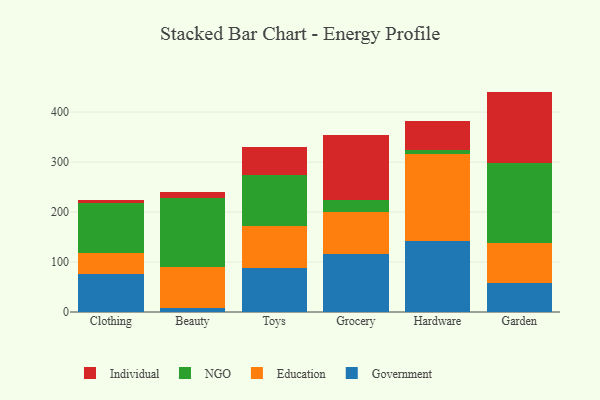
{"axis": {"x": "Category", "y": "Tickets Resolved"}, "legend": ["Education", "Government", "Individual", "NGO"], "data": [{"x": "Clothing", "y": 75.8, "type": "Government"}, {"x": "Clothing", "y": 42.5, "type": "Education"}, {"x": "Clothing", "y": 98.9, "type": "NGO"}, {"x": "Clothing", "y": 7.0, "type": "Individual"}, {"x": "Beauty", "y": 8.7, "type": "Government"}, {"x": "Beauty", "y": 81.8, "type": "Education"}, {"x": "Beauty", "y": 138.3, "type": "NGO"}, {"x": "Beauty", "y": 10.9, "type": "Individual"}, {"x": "Toys", "y": 87.6, "type": "Government"}, {"x": "Toys", "y": 85.0, "type": "Education"}, {"x": "Toys", "y": 101.2, "type": "NGO"}, {"x": "Toys", "y": 56.6, "type": "Individual"}, {"x": "Grocery", "y": 115.1, "type": "Government"}, {"x": "Grocery", "y": 85.6, "type": "Education"}, {"x": "Grocery", "y": 23.7, "type": "NGO"}, {"x": "Grocery", "y": 129.0, "type": "Individual"}, {"x": "Hardware", "y": 141.9, "type": "Government"}, {"x": "Hardware", "y": 174.5, "type": "Education"}, {"x": "Hardware", "y": 6.9, "type": "NGO"}, {"x": "Hardware", "y": 58.3, "type": "Individual"}, {"x": "Garden", "y": 58.1, "type": "Government"}, {"x": "Garden", "y": 79.6, "type": "Education"}, {"x": "Garden", "y": 159.9, "type": "NGO"}, {"x": "Garden", "y": 143.4, "type": "Individual"}]}